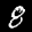
Label: 8